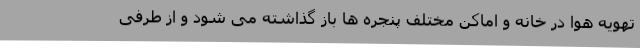
تهویه هوا در خانه و اماکن مختلف پنجره ها باز گذاشته می شود و از طرفی